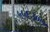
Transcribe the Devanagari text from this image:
५५६३०७